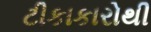
ટીકાકારોથી